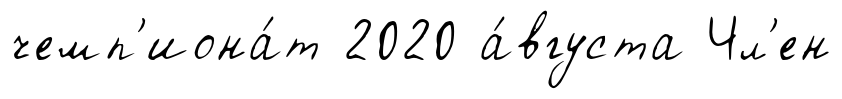
чемп'иона́т 2020 а́вгуста Чл'ен